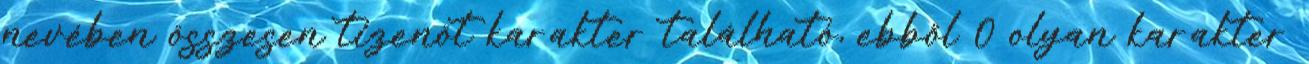
nevében összesen tizenöt karakter található, ebből 0 olyan karakter